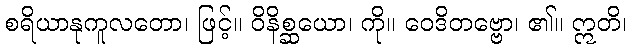
စရိယာနုကူလတော၊ ဖြင့်။ ဝိနိစ္ဆယော၊ ကို။ ဝေဒိတဗ္ဗော၊ ၏။ ဣတိ၊